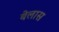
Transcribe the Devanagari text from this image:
बेलास